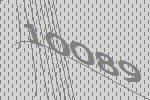
10089